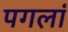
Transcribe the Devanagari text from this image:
पगलां